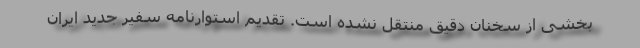
بخشی از سخنان دقیق منتقل نشده است. تقدیم استوارنامه سفیر جدید ایران